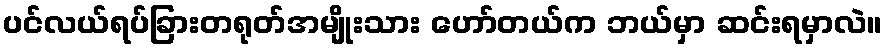
ပင်လယ်ရပ်ခြားတရုတ်အမျိုးသား ဟော်တယ်က ဘယ်မှာ ဆင်းရမှာလဲ။